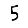
Digit: 5